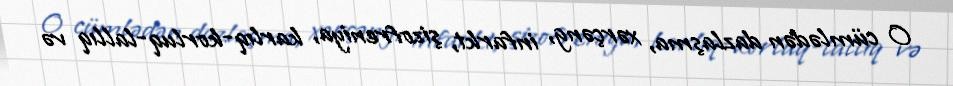
O cümlədən dazlaşma, xərçəng, infarkt, şizofreniya, karlıq-korluq-lallıq və